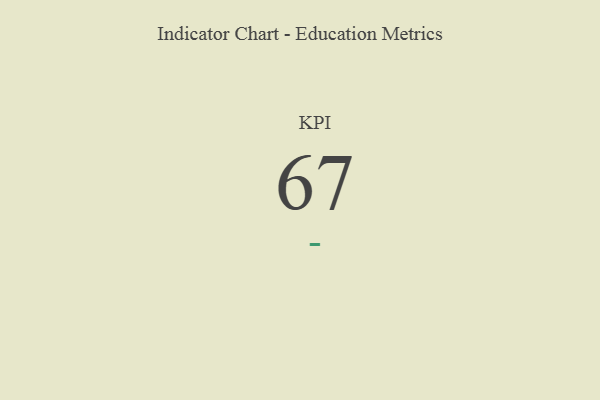
{"axis": {"x": "KPI", "y": "Value"}, "legend": [""], "data": [{"x": "KPI", "y": 67, "type": ""}]}